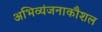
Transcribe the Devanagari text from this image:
अभिव्यंजनाकौशल